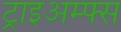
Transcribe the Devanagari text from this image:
ट्राइअम्फ्स